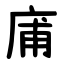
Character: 庯